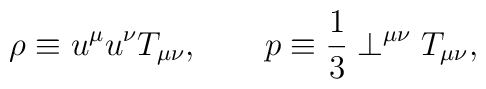
\rho \equiv u^\mu u^\nu T_{\mu\nu},\qquad p\equiv\frac{1}{3}\perp^{\mu\nu}T_{\mu\nu},